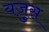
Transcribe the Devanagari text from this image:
यजुस